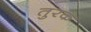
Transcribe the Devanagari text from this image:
तुरक